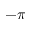
- \pi